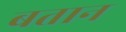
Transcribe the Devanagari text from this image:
बतान